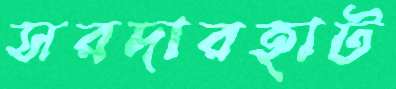
সরদারহাট